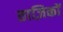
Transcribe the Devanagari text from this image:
ताज़िकों